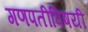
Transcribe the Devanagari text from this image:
गणपतीविषयी